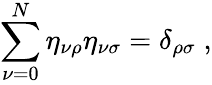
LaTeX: \sum_{\nu=0}^{N}\eta_{\nu\rho}\eta_{\nu\sigma}=\delta_{\rho\sigma}\; ,